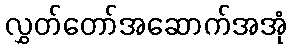
လွှတ်တော်အဆောက်အအုံ